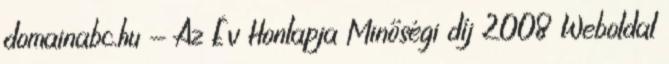
domainabc.hu - Az Év Honlapja Minőségi díj 2008 Weboldal